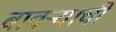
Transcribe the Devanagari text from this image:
बावऱ्याची